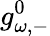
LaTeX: g_{\omega,-}^{0}